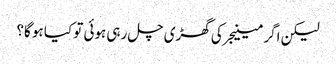
لیکن اگر مینیجر کی گھڑی چل رہی ہوئی تو کیا ہو گا؟